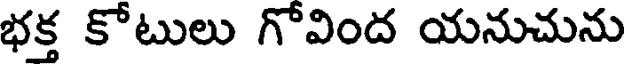
భక్త కోటులు గోవింద యనుచును